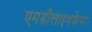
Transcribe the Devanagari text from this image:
एमडीलाइवकेयर